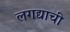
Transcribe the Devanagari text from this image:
लगद्याची